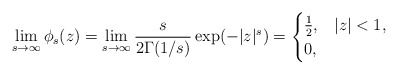
\begin{align*}\lim_{s\to\infty}\phi_s(z)=\lim_{s\to\infty}\frac{s}{2 \Gamma(1/s)}\exp(-|z|^s)=\begin{cases}\frac{1}{2}, & |z|<1, \\0, & \end{cases}\end{align*}